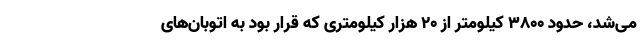
می‌شد، حدود 3800 کیلومتر از 20 هزار کیلومتری که قرار بود به اتوبان‌های